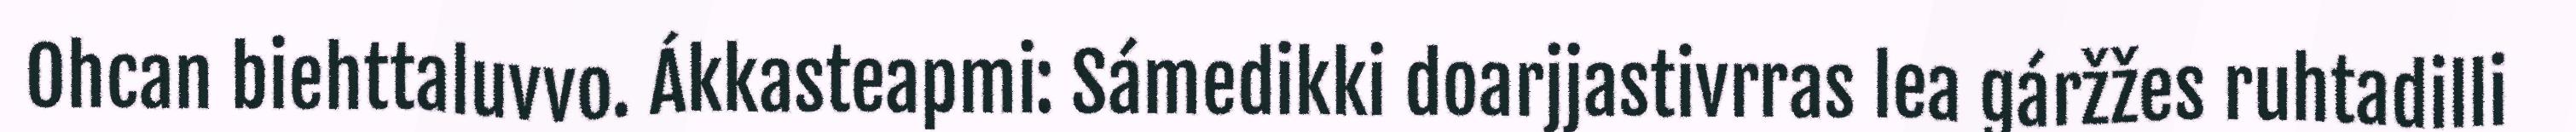
Ohcan biehttaluvvo. Ákkasteapmi: Sámedikki doarjjastivrras lea gáržžes ruhtadilli